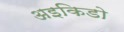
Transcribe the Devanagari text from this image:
अइकिडो